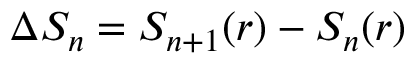
\Delta S _ { n } = S _ { n + 1 } ( r ) - S _ { n } ( r )